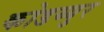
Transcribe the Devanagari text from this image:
कोडय्युर